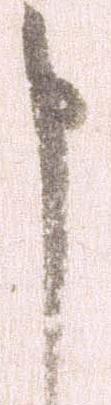
申